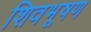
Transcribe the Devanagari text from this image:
शिवभूषण